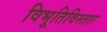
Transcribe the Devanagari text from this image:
विभूतिविस्तार